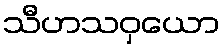
သီဟသဝှယော